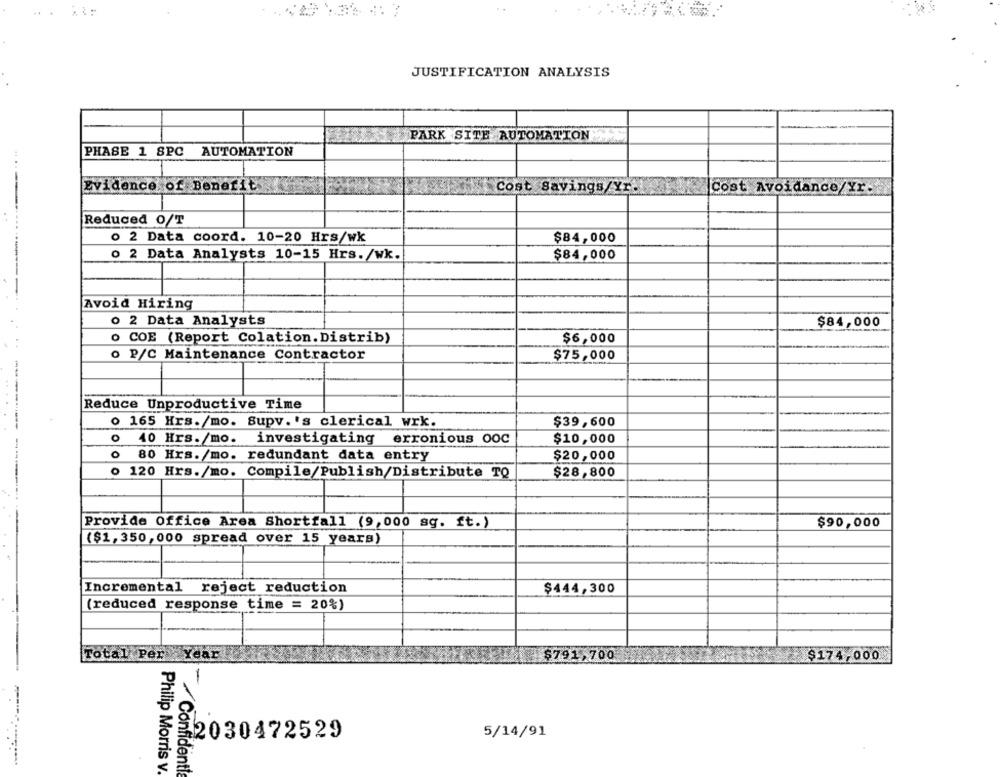
.. .
JUSTIFICATION ANALYSIS
PARK SITE AUTOMATION
PHASE 1 SPC AUTOMATION
Evidence of Benefit
Cost Savings/Yr.
Cost Avoidance/Yr.
Reduced O/T
o 2 Data coord. 10-20 Hrs/wk
$84,000
o 2 Data Analysts 10-15 Hrs./wk.
$84,000
Avoid Hiring
o 2 Data Analysts
$84,000
o COE (Report Colation. Distrib)
$6,000
o P/C Maintenance Contractor
$75,000
Reduce Unproductive Time
o 165 Hrs./mo. Supv. 's clerical wrk.
$39,600
o
40 Hrs./mo. investigating
erronious ooc
$10,000
0
80 Hrs. /mo. redundant data entry
$20,000
o 120 Hrs./mo. Compile/Publish/Distribute TQ
$28,800
Provide Office Area Shortfall (9,000 sq. ft.)
$90,000
($1,350, 000 spread over 15 years)
Incremental
reject reduction
$444,300
(reduced response time = 20%)
Total Per Year
$791,700
$174,000
22030472529
5/14/91
Philip Morris v.
- Confidenti